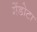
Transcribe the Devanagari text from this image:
मेंडोटा